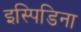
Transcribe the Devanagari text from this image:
इस्पिडिना